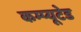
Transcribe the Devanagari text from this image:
कम्प्यूटेड